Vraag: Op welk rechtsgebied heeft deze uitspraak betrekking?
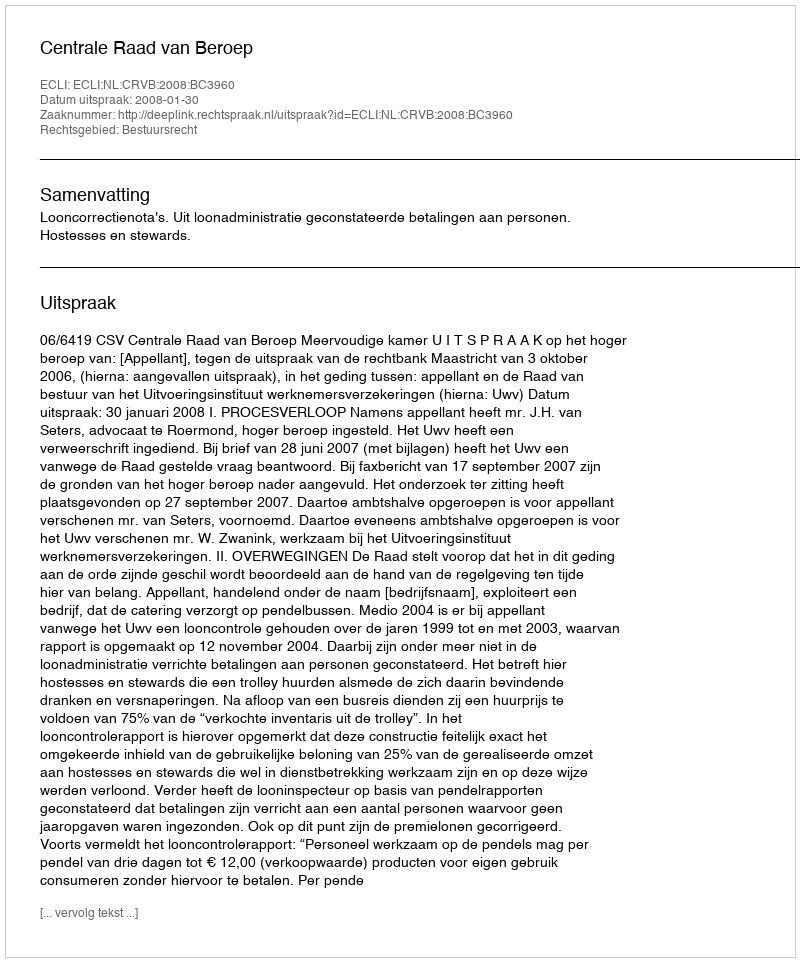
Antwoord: Bestuursrecht